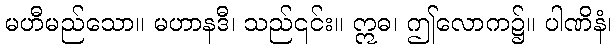
မဟီမည်သော။ မဟာနဒီ၊ သည်၎င်း။ ဣဓ၊ ဤလောက၌။ ပါဏိနံ၊